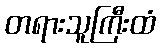
တရားသူကြီးထံ